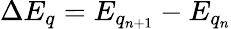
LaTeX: \Delta E_{q}=E_{q_{n+1}}-E_{q_{n}}